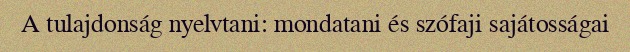
A tulajdonság nyelvtani: mondatani és szófaji sajátosságai